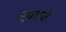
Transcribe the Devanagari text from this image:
देवराजे